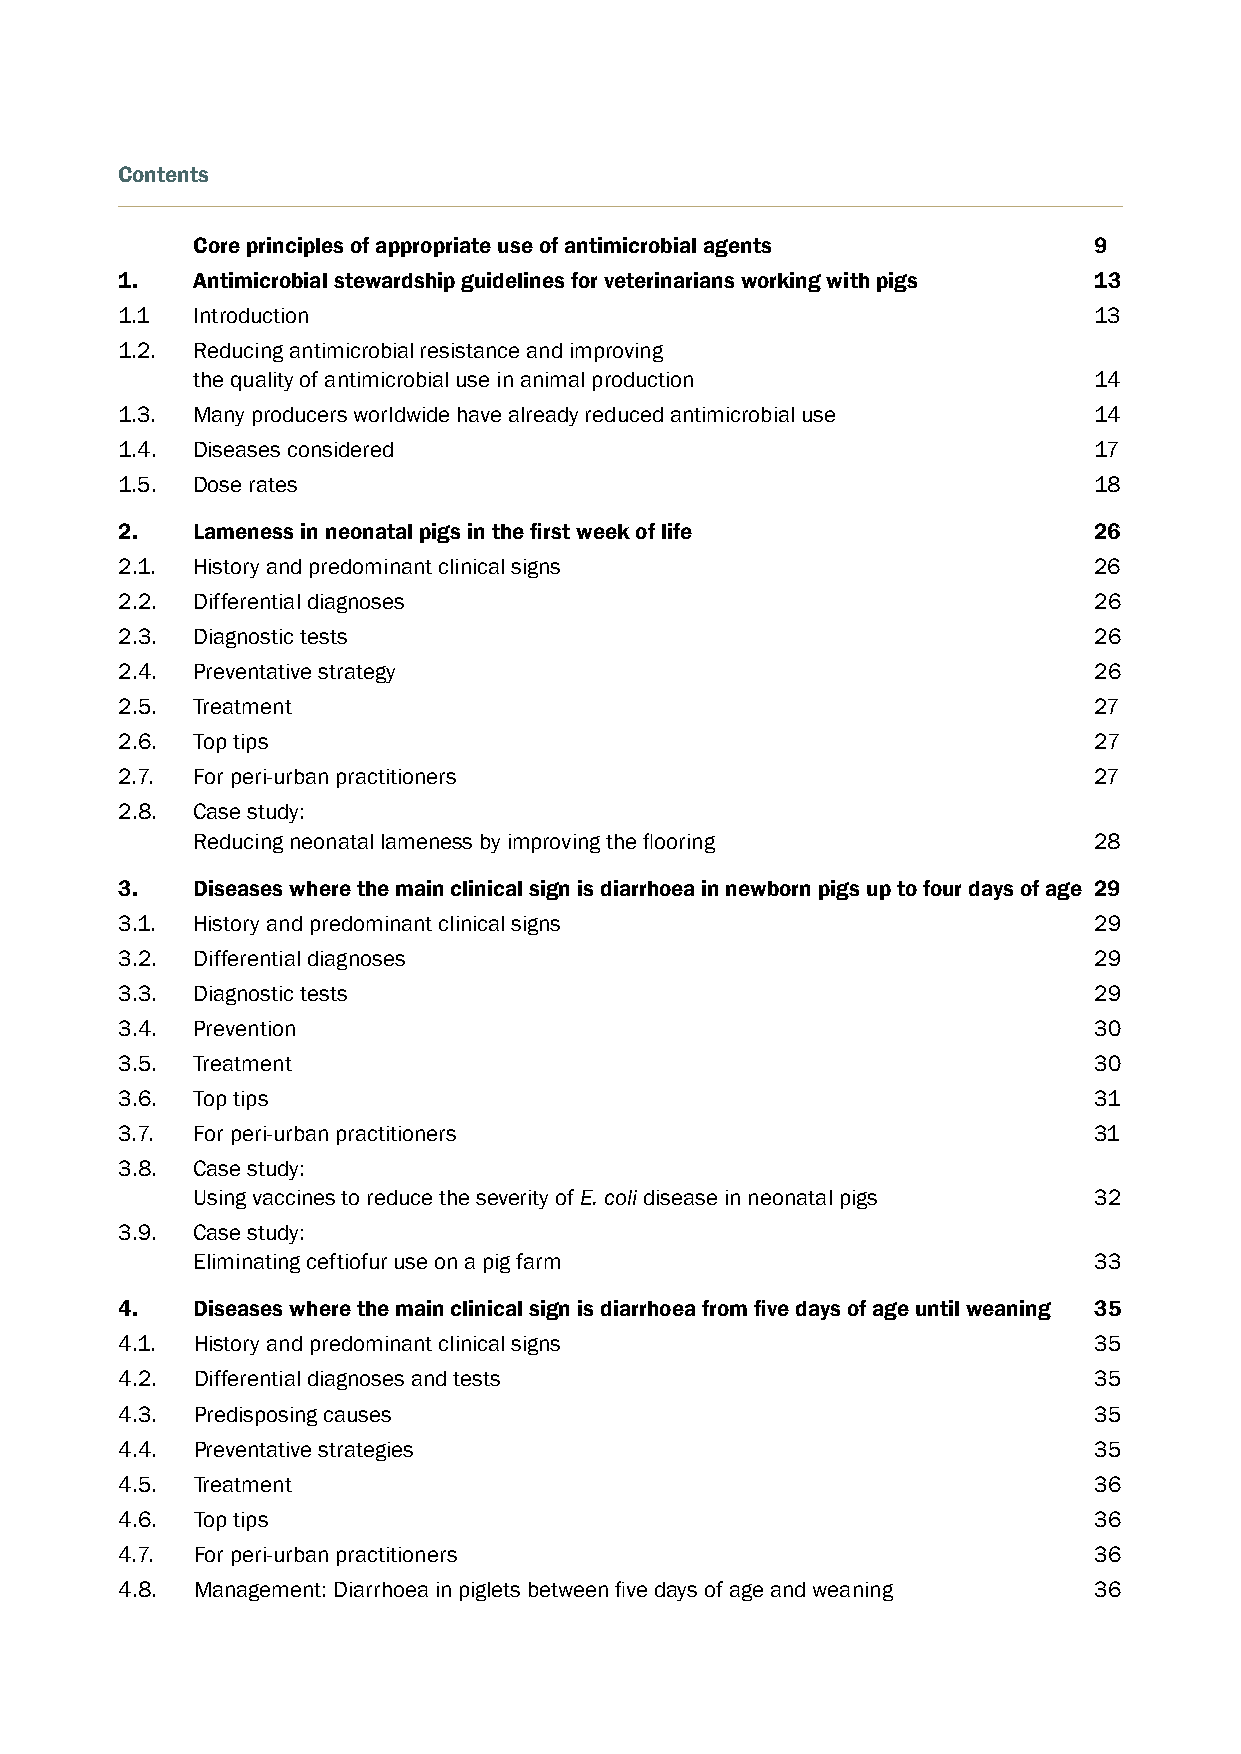
Contents
 Core principles of appropriate use of antimicrobial agents 9
 1.   Antimicrobial stewardship guidelines for veterinarians working with pigs 13
 1.1  Introduction                                               13
 1.2. Reducing antimicrobial resistance and improving
 the quality of antimicrobial use in animal production      14
 1.3. Many producers worldwide have already reduced antimicrobial use 14
 1.4. Diseases considered                                        17
 1.5. Dose rates                                                 18
 2.   Lameness in neonatal pigs in the first week of life        26
 2.1. History and predominant clinical signs                     26
 2.2. Differential diagnoses                                     26
 2.3. Diagnostic tests                                           26
 2.4. Preventative strategy                                      26
 2.5. Treatment                                                  27
 2.6. Top tips                                                   27
 2.7. For peri-urban practitioners                               27
 2.8. Case study:
 Reducing neonatal lameness by improving the flooring       28
 3.   Diseases where the main clinical sign is diarrhoea in newborn pigs up to four days of age 29
 3.1. History and predominant clinical signs                     29
 3.2. Differential diagnoses                                     29
 3.3. Diagnostic tests                                           29
 3.4. Prevention                                                 30
 3.5. Treatment                                                  30
 3.6. Top tips                                                   31
 3.7. For peri-urban practitioners                               31
 3.8. Case study:
 Using vaccines to reduce the severity of E. coli disease in neonatal pigs 32
 3.9. Case study:
 Eliminating ceftiofur use on a pig farm                    33
 4.   Diseases where the main clinical sign is diarrhoea from five days of age until weaning 35
 4.1. History and predominant clinical signs                     35
 4.2. Differential diagnoses and tests                           35
 4.3. Predisposing causes                                        35
 4.4. Preventative strategies                                    35
 4.5. Treatment                                                  36
 4.6. Top tips                                                   36
 4.7. For peri-urban practitioners                               36
 4.8. Management: Diarrhoea in piglets between five days of age and weaning 36